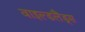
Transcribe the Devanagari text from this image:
वाइल्डलैंड्स